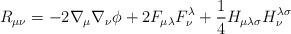
LaTeX: \begin{align*}R_{\mu\nu} = -2\nabla_{\mu}\nabla_{\nu} \phi + 2F_{\mu\lambda}F^{\lambda}_{\nu} + \frac{1}{4}H_{\mu\lambda\sigma}H_{\nu}^{\lambda\sigma}\end{align*}